Vaccination United Provinces of Agra and Oudh 1923-1928 - 1923-1928
Year: 1923
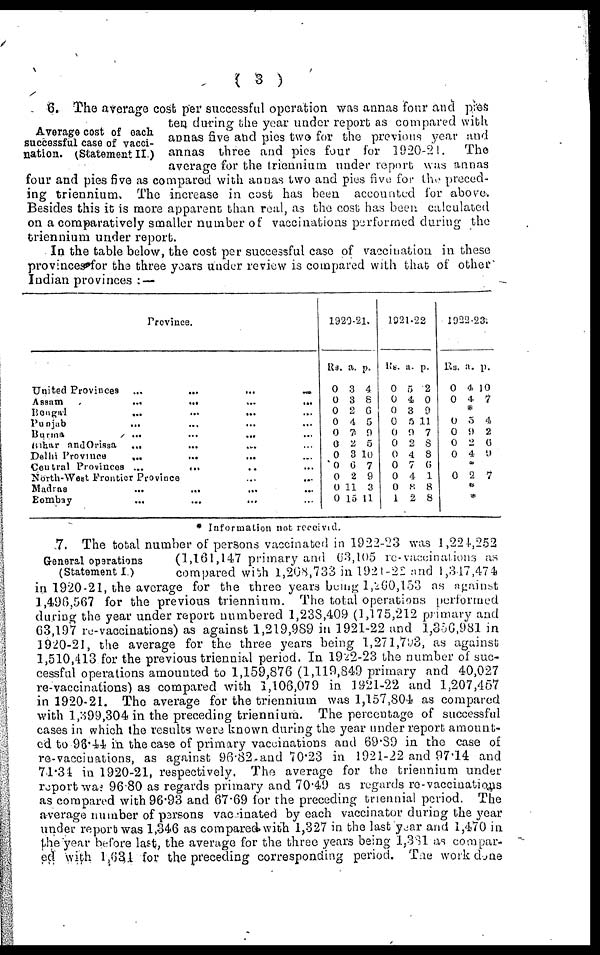
( 3 )
Average cost of each
successful case of vacci-
nation. (Statement II)
6. The average cost per successful operation was annas four and pies
ten during the year under report as compared with
annas five and pics two for the previous year and
annas three and pies four for 1920-21.
The
average for the triennium under report was annas
four and pies five as compared with annas two and pies five for the preced-
ing triennium. The increase in cost has been accounted for above.
Besides this it is more apparent than real, as the cost has been calculated
on a comparatively smaller number of vaccinations performed during the
triennium under report.
In the table below, the cost per successful case of vaccination in these
provinces for the three years under review is compared with that of other
Indian provinces :—
Province.
United Provinces
...
...
...
...
...
...
Assam
...
...
...
...
...
BENGAL ... ... ... ... ...
Punjab ... ... ... ... ... ...
Burma
...
...
...
...
...
Bihar and Orissa ... ... ... ...
Delhi Province
...
...
...
...
Central Provinces
...
...
...
North-West Frontier Province ... ... ...
Madras
...
...
...
...
Bombay ... ... ...
1920-21.
Rs.
0
0
0
0
0
0
0
0
0
0
0
a.
3
3
2
4
7
2
3
6
2
11
15
p.
4
8
6
5
0
5
10
7
9
3
11
1921-22
Rs.
0
0
0
0
0
0 0
0
0 0
1
a.
5
4
3
5
0
2
4
7
4
8
2
p.
2
0
9
11
7
8
3
6
1
8
8
1922-23.
RS.
0
0
a.
4
4
p.
10
7
0
0
0
0
5
9
2
4
4
2
6
9
*
0 2 7
*
*
Information not receivid.
General operations
(Statement I )
7. The total number of persons vaccinated in 1922-23 was 1,224,252
(1,161,147 primary and 63,105 re-vaccinations
as
compared with 1,208,733 in 1921-22 and 1,317,474
in 1920-21, the average for the three years being 1,260,153 as against
1,496,567 for the previous triennium. The total operations performed
during the year under report numbered 1,138,409 (1,175,212 primary and
63,197 re-vaccinations) as against 1,219,989 in 1921-22 and 1,356,981 in
1920-21, the average for the three years being 1,271,793, as against
1,510,413 for the previous triennial period. In 1922-23 the number of suc-
cessful operations amounted to 1,159,876 (1,119,849 primary and 40,027
re-vaccinations) as compared with 1,106,079 in 1921-22 and 1,207,457
in 1920-21. The average for the triennium was 1,157,804 as compared
with 1,399,304 in the preceding triennium. The percentage of successful
cases in which the results were known during the year under report amount-
ed to 98.44 in the case of primary vaccinations and 69.89 in the case of
re-vaccinations, as against 96.82 and 70.23 in 1921-22 and 97.14 and
71.34 in 1920-21, respectively. The average for the triennium under
report was 96.80 as regards primary and 70.49 as regards re-vacciuations
as compared with 96.93 and 67.69 for the preceding triennial period. The
average number of persons vaccinated by each vaccinator during the year
under report was 1,346 as compared with 1,327 in the last year and 1,470 in
the year before last, the average for the three years being 1,331 as compar-
ed with 1,634 for the preceding corresponding period. The work done